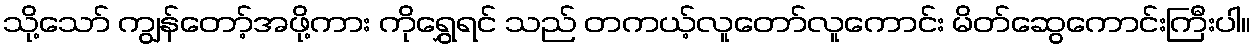
သို့သော် ကျွန်တော့်အဖို့ကား ကိုရွှေရင် သည် တကယ့်လူတော်လူကောင်း မိတ်ဆွေကောင်းကြီးပါ။